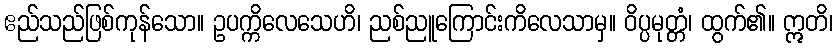
ဧည်သည်ဖြစ်ကုန်သော။ ဥပက္ကိလေသေဟိ၊ ညစ်ညူကြောင်းကိလေသာမှ။ ဝိပ္ပမုတ္တံ၊ ထွက်၏။ ဣတိ၊